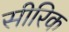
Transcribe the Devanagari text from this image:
सीरिक